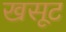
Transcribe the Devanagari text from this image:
खसूट